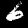
Digit: 6